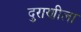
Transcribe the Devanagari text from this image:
दुराणीला